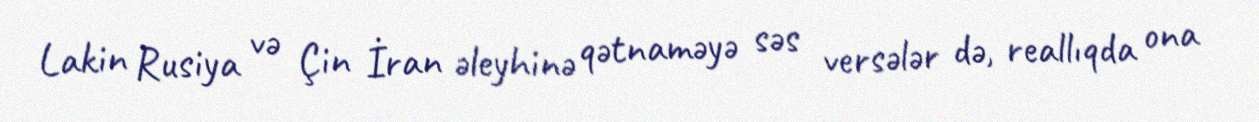
Lakin Rusiya və Çin İran əleyhinə qətnaməyə səs versələr də, reallıqda ona